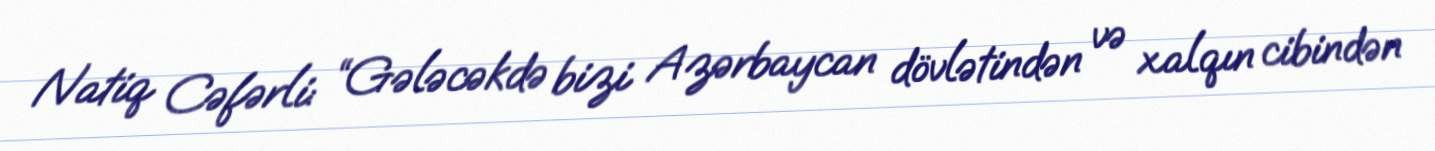
Natiq Cəfərli: “Gələcəkdə bizi Azərbaycan dövlətindən və xalqın cibindən